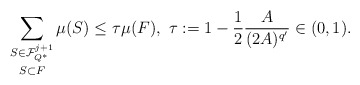
\begin{align*}\mathop{\sum_{S \in \mathcal{F}^{j+1}_{Q^*}}}_{S \subset F} \mu(S) \leq \tau \mu(F), \,\, \tau := 1 - \frac{1}{2}\frac{A}{(2A)^{q'}} \in (0,1).\end{align*}